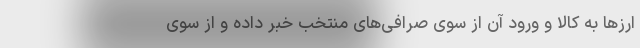
ارز‌ها به کالا و ورود آن از سوی صرافی‌های منتخب خبر داده و از سوی